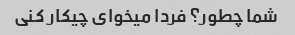
شما چطور؟ فردا میخوای چیکار کنی